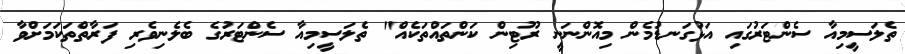
ތެލަސީމިއާ ސެންޓަރުގައި އަޅުގަނޑުމެން މިއޮންނަނީ ރޫޓިން ކަންތައްތަކެއް" ތެލަސީމިއާ ސެންޓަރުގެ ބެލެނިވެރި ފަރާތްތަކަމަށްވާ